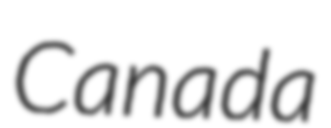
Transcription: Canada